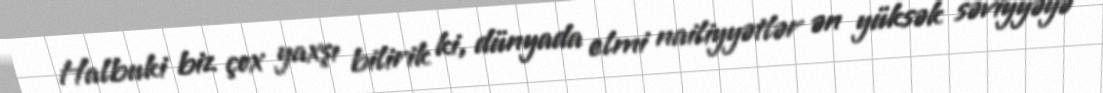
Halbuki biz çox yaxşı bilirik ki, dünyada elmi nailiyyətlər ən yüksək səviyyəyə